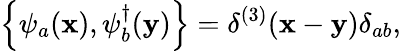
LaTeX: \left\{ \psi_{a}(\mathbf{x}),\psi_{b}^{\dagger}(\mathbf{y})\right\} =\delta^{(3)}(\mathbf{x}-\mathbf{y})\delta_{ab},